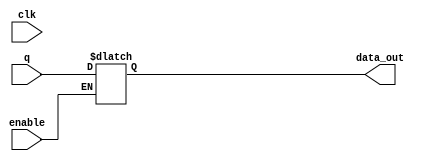
module DRAM_op(
	input clk,
	input enable,
	input [15:0] q,
	output reg [15:0] data_out
	);
		
	always @ (*)
		begin
			if (enable)
				data_out <= q;
		end 
endmodule